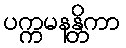
ပက္ကမနန္တိကာ